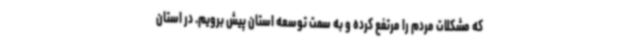
که مشکلات مردم را مرتفع کرده و به سمت توسعه استان پیش برویم. در استان